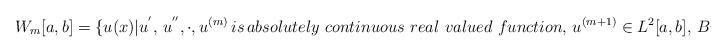
LaTeX: \begin{align*} W_m[a,b]=\lbrace{u(x)\vert u^{'},\,u^{''},\cdot, u^{(m)}\,is\, absolutely\,\, continuous\,\, real\,\, valued \,\,function,\, u^{(m+1)}\in L^2[a,b],\,Bu=0}\rbrace . \end{align*}